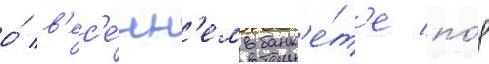
о́ в'ес'е́нн'ем банк'е́т'е по́д